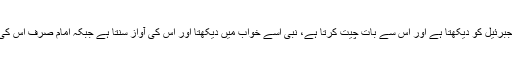
چنانکہ رسول جبرئیل کو دیکھتا ہے اور اس سے بات چیت کرتا ہے، نبی اسے خواب میں دیکھتا اور اس کی آواز سنتا ہے جبکہ امام صرف اس کی آواز سنتا ہے۔